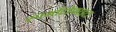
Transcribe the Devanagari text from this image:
स्पर्माटोफाइटा